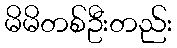
မိမိတစ်ဦးတည်း